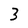
Character: 3